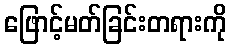
ဖြောင့်မတ်ခြင်းတရားကို